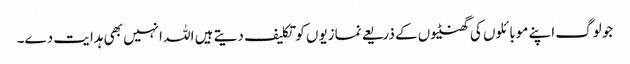
جو لوگ اپنے موبائلوں کی گھنٹیوں کے ذریعے نمازیوں کو تکلیف دیتے ہیں اللہ انہیں بھی ہدایت دے۔